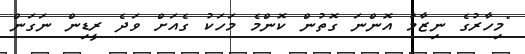
"މިހާރުގެ ނިޒާމު އޮންނަ ގޮތުން ކޮންމެ މަހަކު ގެއަށް ވަދެ ރީޑިން ނަގަން